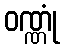
ဝဏ္ဏုံ